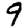
Digit: 9